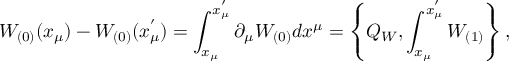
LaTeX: W _ { ( 0 ) } ( x _ { \mu } ) - W _ { ( 0 ) } ( x _ { \mu } ^ { ' } ) = \int _ { x _ { \mu } } ^ { x _ { \mu } ^ { ' } } \partial _ { \mu } W _ { ( 0 ) } d x ^ { \mu } = \left\{ Q _ { W } , \int _ { x _ { \mu } } ^ { x _ { \mu } ^ { ' } } W _ { ( 1 ) } \right\} ,